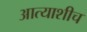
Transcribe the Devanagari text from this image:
आत्याशीच